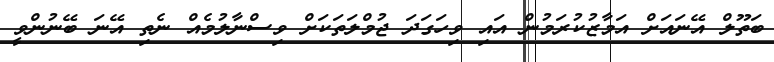
ބަތޫލް އޭނައަށް އަމާޒުކުރަމުން އައި ވިހަގަދަ ޖުމްލަތަކަށް ވިސްނާލުމެއް ނެތި އޭނަ ބޭނުންވީ